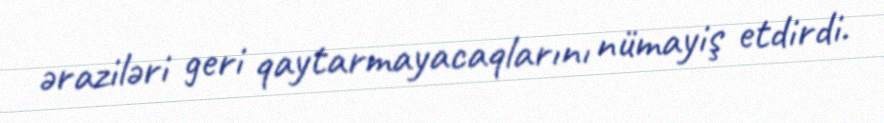
əraziləri geri qaytarmayacaqlarını nümayiş etdirdi.